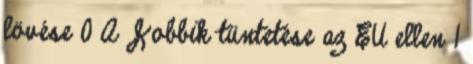
lövése 0 A Jobbik tüntetése az EU ellen 1